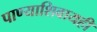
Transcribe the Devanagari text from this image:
पाण्याशिवायही